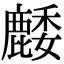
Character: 䴧